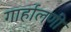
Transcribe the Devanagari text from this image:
गार्हालणी